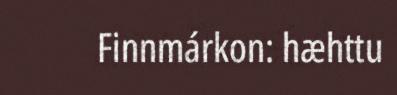
Finnmárkon: hæhttu